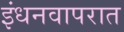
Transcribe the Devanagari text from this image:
इंधनवापरात